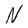
Character: N